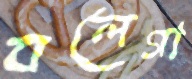
বলেগা